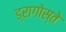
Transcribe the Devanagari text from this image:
ड्रागोस्ते